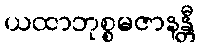
ယထာဘုစ္စမဇာနန္တီ